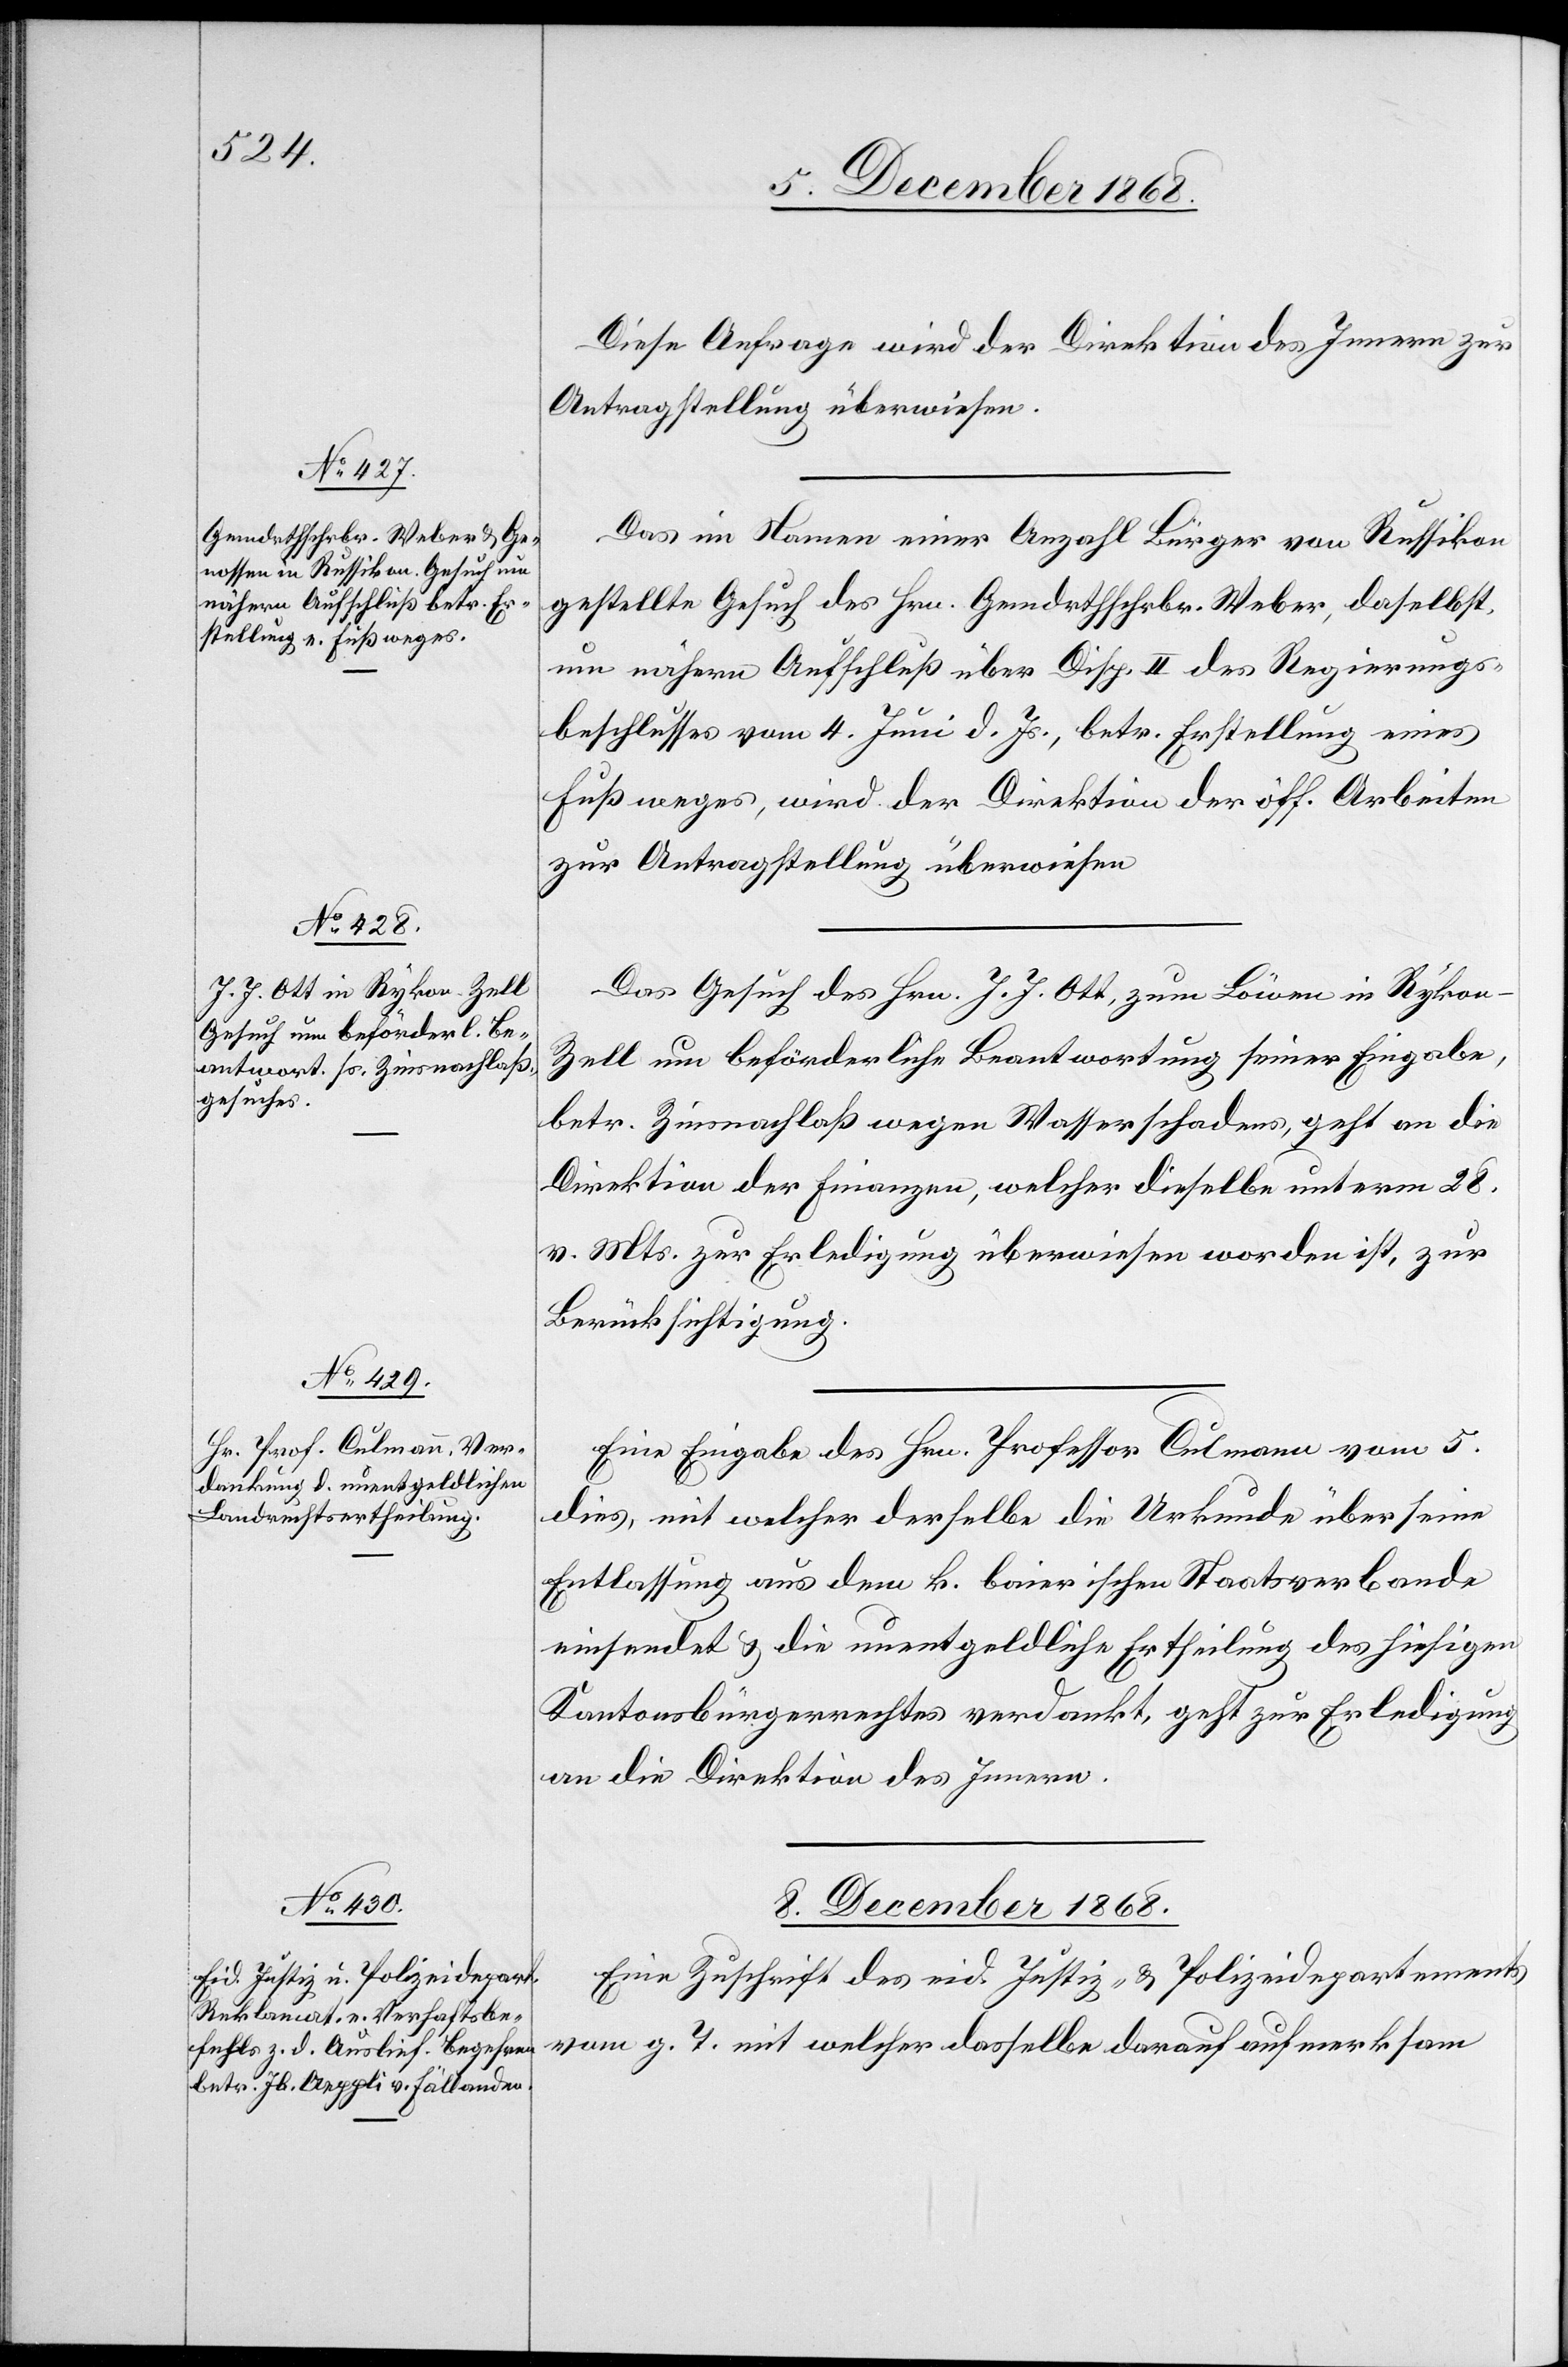
7. December 1868.]
Diese Anfrage wird der Direktion des Innern zur
Antragstellung überwiesen.
Das im Namen einer Anzahl Bürger von Russikon
gestellte Gesuch des Hrn. Gemdrthschrbr. Weber, daselbst,
um nähern Aufschluß über Disp. II des Regierungs¬
beschlusses vom 4. Juni d. Js., betr. Erstellung eines
Fußweges, wird der Direktion der öff. Arbeiten
zur Antragstellung überwiesen[.]
Das Gesuch des Hrn. J. J. Ott, zum Löwen in Rykon
Zell um beförderliche Beantwortung seiner Eingabe,
betr. Zinsnachlaß wegen Wasserschadens, geht an die
Direktion der Finanzen, welcher dieselbe unterm 28.
v. Mts. zur Erledigung überwiesen worden ist, zur
Berücksichtigung.
Eine Eingabe des Hrn. Professor Culmann vom 5.
dies, mit welcher derselbe die Urkunde über seine
Entlassung aus dem k. baierischen Staatsverbande
einsendet & die unentgeldliche Ertheilung des hiesigen
Kantonsbürgerrechtes verdankt, geht zur Erledigung
an die Direktion des Innern.
8. December 1868.
Eine Zuschrift des eid. Justiz- & Polizeidepartements
vom g. T. mit welcher dasselbe darauf aufmerksam